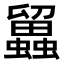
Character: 𧔳